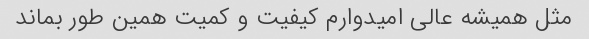
مثل همیشه عالی امیدوارم کیفیت و کمیت همین طور بماند